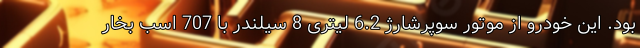
بود. این خودرو از موتور سوپرشارژ 6.2 لیتری 8 سیلندر با 707 اسب بخار